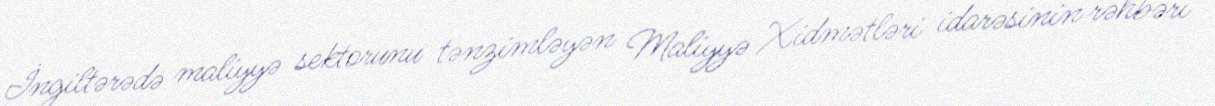
İngiltərədə maliyyə sektorunu tənzimləyən Maliyyə Xidmətləri idarəsinin rəhbəri